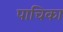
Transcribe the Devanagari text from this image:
पाचिका